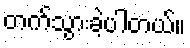
တက်သွားခဲ့ပါတယ်။